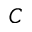
C